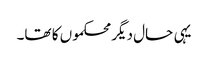
یہی حال دیگر محکموں کا تھا۔